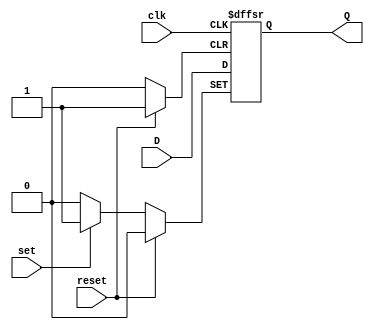
module d_ff_reset_set (
    input wire D, // Data input
    input wire clk, // Clock input
    input wire reset, // Asynchronous reset input
    input wire set, // Asynchronous set input
    output reg Q // Output
);

always @(posedge clk or posedge reset or posedge set) begin
    if (reset) begin
        Q <= 1'b0; // Reset flip-flop to 0
    end else if (set) begin
        Q <= 1'b1; // Set flip-flop to 1
    end else begin
        Q <= D; // Capture input D on positive clock edge
    end
end

endmodule